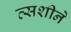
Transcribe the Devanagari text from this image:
त्सशीने